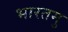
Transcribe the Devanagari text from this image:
भारतमु